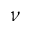
\nu